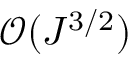
\mathcal { O } ( J ^ { 3 / 2 } )